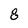
Character: 8